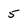
Character: 5